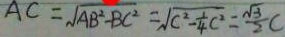
A C = \sqrt { A B ^ { 2 } - B C ^ { 2 } } = \sqrt { c ^ { 2 } - \frac { 1 } { 4 } c ^ { 2 } } = \frac { \sqrt { 3 } } { 2 } C